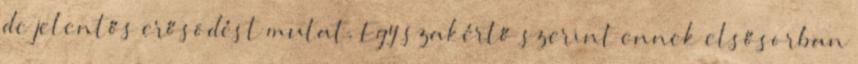
de jelentős erősödést mutat. Egy szakértő szerint ennek elsősorban